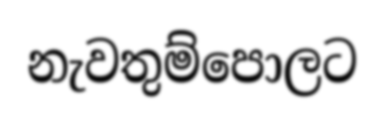
නැවතුම්පොලට